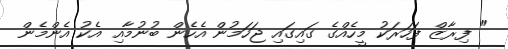
" ފިރާޒް ފަހަރަކު މީހެއްގެ ގައިގައި ޖަހަމުން އެހެން ބުނުމާއި އެކު އެންމެން